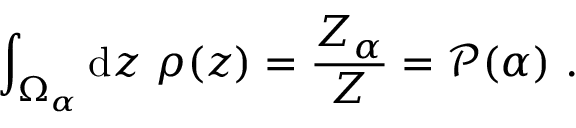
\int _ { \Omega _ { \alpha } } \ensuremath { \mathrm { d } } z \ \rho ( z ) = \frac { Z _ { \alpha } } { Z } = \mathcal { P } ( \alpha ) \ .